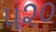
૫૨૦